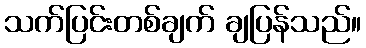
သက်ပြင်းတစ်ချက် ချပြန်သည်။